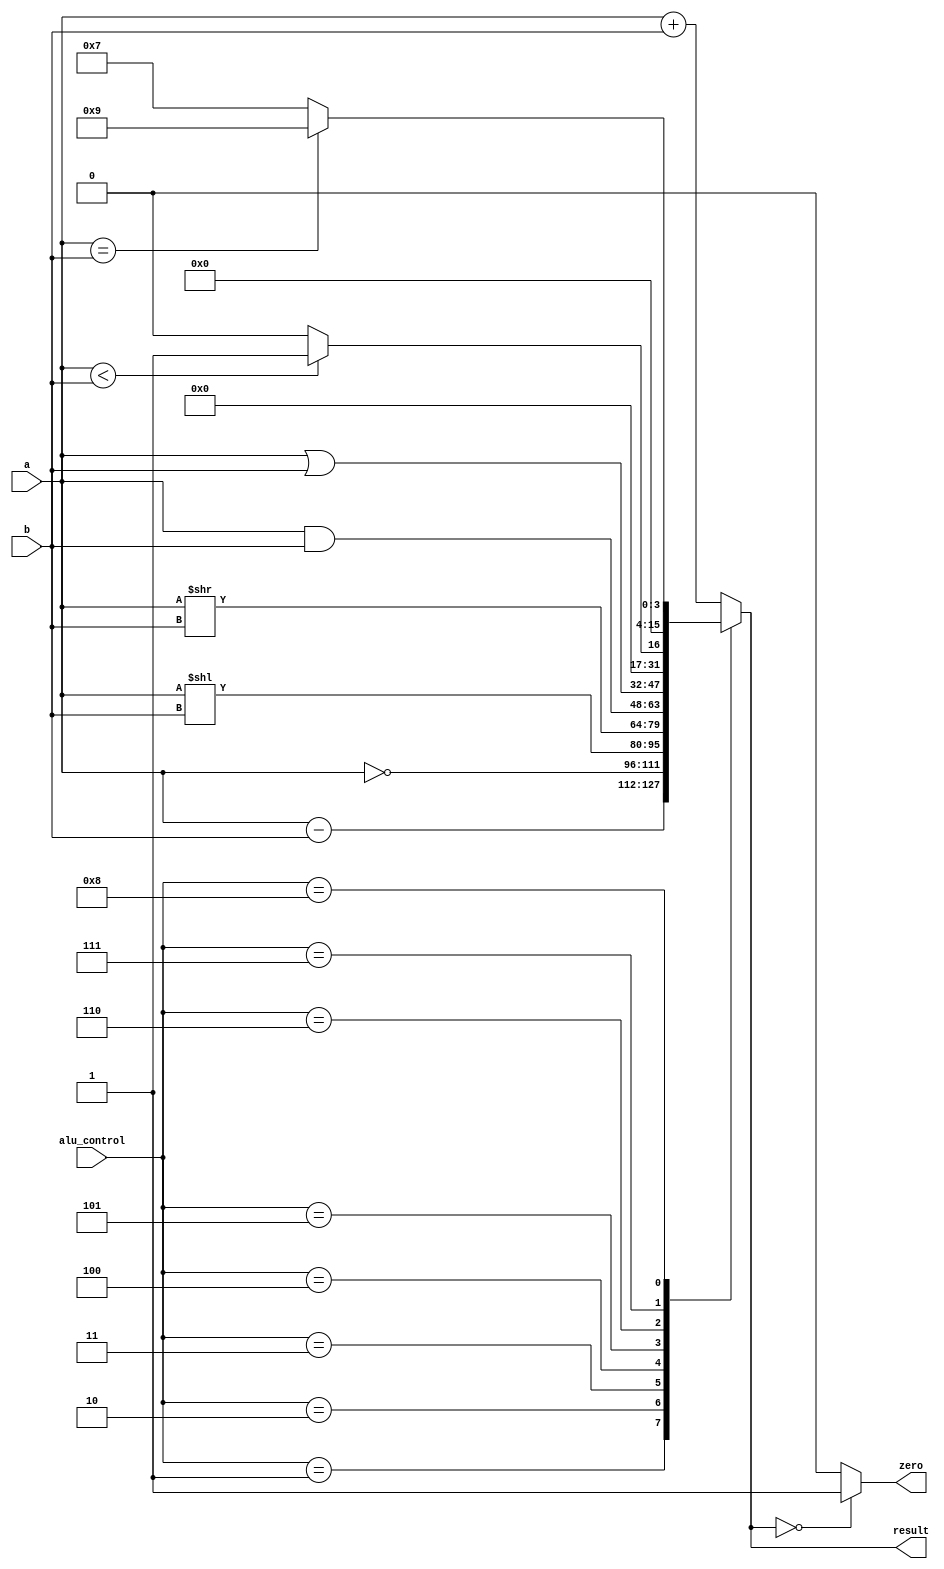
// fpga4student.com 
// FPGA projects, VHDL projects, Verilog projects 
// Verilog code for RISC Processor 
// Verilog code for ALU
module ALU(
 input  [15:0] a,  //src1
 input  [15:0] b,  //src2
 input  [3:0] alu_control, //function sel
 
 output reg [15:0] result,  //result 
 output zero
    );

always @(*)
begin 
 case(alu_control)
 4'b0000: result = a + b; // add
 4'b0001: result = a - b; // sub
 4'b0010: result = ~a;
 4'b0011: result = a<<b;
 4'b0100: result = a>>b;
 4'b0101: result = a & b; // and
 4'b0110: result = a | b; // or
 4'b0111: begin if (a < b) result = 16'd1; 
    else result = 16'd0;
    end
 4'b1000: begin if (a == b) result = 16'd9; // added instruction
    else result = 16'd7;
    end
 default:result = a + b; // add
 endcase
end
assign zero = (result==16'd0) ? 1'b1: 1'b0;
 
endmodule